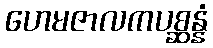
ဟေမဇာလကပစ္ဆန္နံ